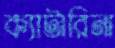
ক্যাটারিনা